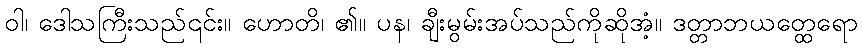
ဝါ၊ ဒေါသကြီးသည်၎င်း။ ဟောတိ၊ ၏။ ပန၊ ချီးမွမ်းအပ်သည်ကိုဆိုအံ့။ ဒတ္တာဘယတ္ထေရော